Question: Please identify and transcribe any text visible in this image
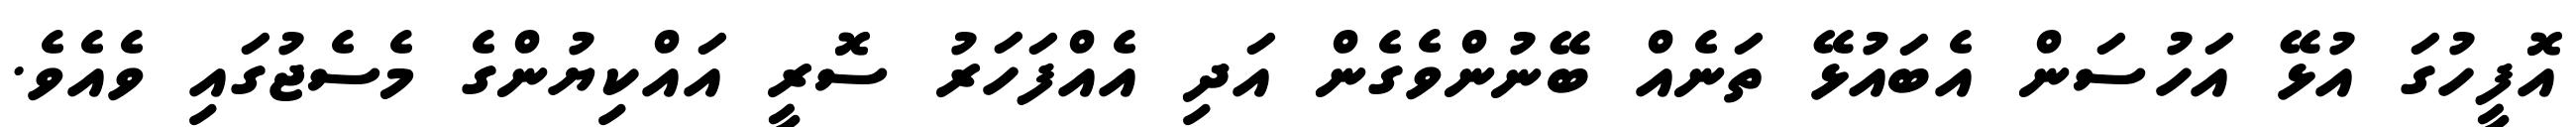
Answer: އޮފީހުގަ އުޅޭ އަހުސަން އެބައުޅޭ ތަނެއް ބޭނުންވެގެން އަދި އެއްފަހަރު ސޮރީ އައްކިޔުންގެ މެސެޖުގައި ވެއެވެ.